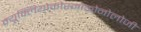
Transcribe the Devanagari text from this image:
न्यूक्लियोकोस्मोक्रोनोलोजी